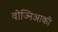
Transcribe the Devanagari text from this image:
वोज्निआकी